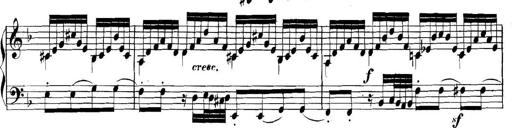
Title: Collected Piano Sonatas
Composer: Muzio Clementi